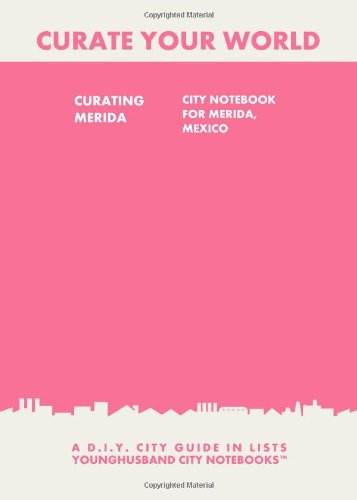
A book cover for Curating Merida: City Notebook For Merida, Mexico: A D.I.Y. City Guide In Lists (Curate Your World); Younghusband City Notebooks; Travel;